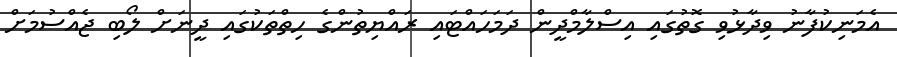
އެމަނިކުފާނު ވިދާޅުވި ގޮތުގައި އިސްލާމްދީން ދަމަހައްޓައި ރައްޔިތުންގެ ހިތްތަކުގައި ދީނަށް ލޯބި ޖެއްސުމަށް